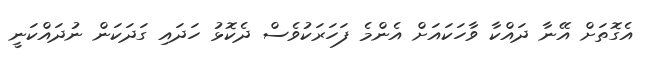
އެގޮތަށް އޭނާ ދައްކާ ވާހަކައަށް އެންމެ ފަހަރަކުވެސް ދެކޮޅު ހަދައި ގަދަކަން ނުދައްކަނީ